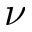
\nu